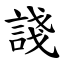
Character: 諓